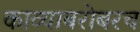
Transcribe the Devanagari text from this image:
काव्याबरोबरच